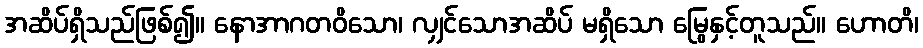
အဆိပ်ရှိသည်ဖြစ်၍။ နောအာဂတဝိသော၊ လျှင်သောအဆိပ် မရှိသော မြွေနှင့်တူသည်။ ဟောတိ၊